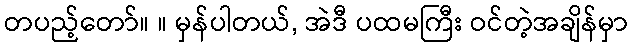
တပည့်တော်။ ။ မှန်ပါတယ်, အဲဒီ ပထမကြီး ဝင်တဲ့အချိန်မှာ